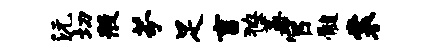
沅切般芬足言獠蒿官髓裳